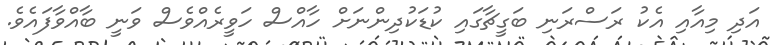
އަދި މިއާއި އެކު ރަސްރަނި ބަގީޗާގައި ކުޑަކުދިންނަށް ހާއްސް ހަވީރެއްވެސް ވަނީ ބާއްވާފައެވެ.